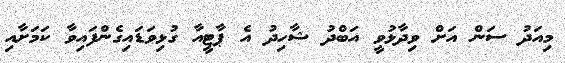
މިއަދު ސަން އަށް ވިދާޅުވީ އަބްދު ޝާހިދު އެ ޕާޓީއާ ގުޅިވަޑައިގެންފައިވާ ކަމަށާއި